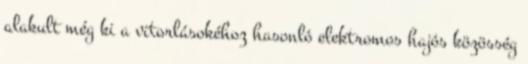
alakult még ki a vitorlásokéhoz hasonló elektromos hajós közösség